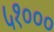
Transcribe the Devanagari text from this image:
५१०००